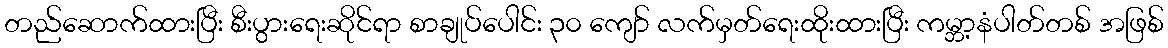
တည်ဆောက်ထားပြီး စီးပွားရေးဆိုင်ရာ စာချုပ်ပေါင်း ၃၀ ကျော် လက်မှတ်ရေးထိုးထားပြီး ကမ္ဘာ့နံပါတ်တစ် အဖြစ်